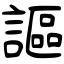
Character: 謳